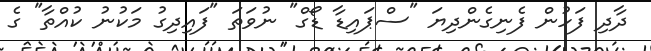
ދާދި ފަހުން ފެނިގެންދިޔަ "ސްޕައިޑާ ޑޯގް" ނުވަތަ "ފައިދިގު މަކުނު ކުއްތާ" ގެ